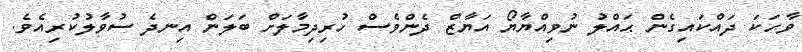
ވާހަކަ ދައްކައިގެން ޙައްލު ނުވިއްޔާޔޯ އަޔާޒް ދެންވެސް ހުރިދިމާލަށް ބަލަން އިނދެ ސުވާލުކުރިއެވެ.